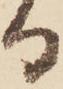
る